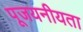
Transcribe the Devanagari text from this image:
पूजयनीयता